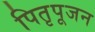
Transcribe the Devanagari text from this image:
पितृपूजन